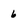
Character: 6